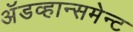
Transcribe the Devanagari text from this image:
अॅडव्हान्समेन्ट